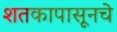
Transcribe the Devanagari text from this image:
शतकापासूनचे